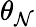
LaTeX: \theta_{\mathcal{N}}